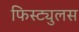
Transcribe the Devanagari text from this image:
फिस्ट्युलस